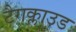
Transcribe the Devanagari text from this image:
टैगक्लाउड